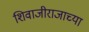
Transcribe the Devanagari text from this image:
शिवाजीराजाच्या